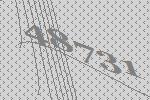
48731